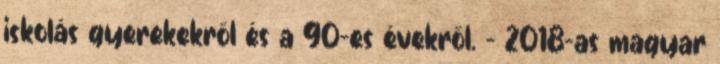
iskolás gyerekekről és a 90-es évekről. – 2018-as magyar